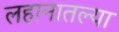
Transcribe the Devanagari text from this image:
लहानातल्या